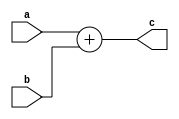
// 
module add_test(
    input wire a,
    input wire b,

    output wire c
);
    assign c=a+b;
endmodule

//to push